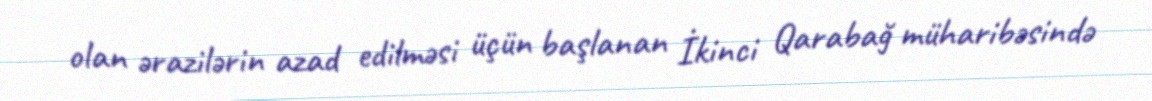
olan ərazilərin azad edilməsi üçün başlanan İkinci Qarabağ müharibəsində